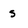
Character: s